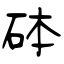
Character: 砵